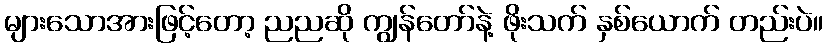
များသောအားဖြင့်တော့ ညညဆို ကျွန်တော်နဲ့ ဖိုးသက် နှစ်ယောက် တည်းပဲ။